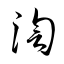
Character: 渹